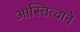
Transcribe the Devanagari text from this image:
आस्तित्वाने